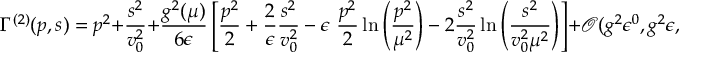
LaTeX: \Gamma ^ { ( 2 ) } ( p , s ) = p ^ { 2 } + \frac { s ^ { 2 } } { v _ { 0 } ^ { 2 } } + \frac { g ^ { 2 } ( \mu ) } { 6 \epsilon } \left[ \frac { p ^ { 2 } } { 2 } + \frac { 2 } { \epsilon } \frac { s ^ { 2 } } { v _ { 0 } ^ { 2 } } - \epsilon ~ \frac { p ^ { 2 } } { 2 } \ln \left( \frac { p ^ { 2 } } { \mu ^ { 2 } } \right) - 2 \frac { s ^ { 2 } } { v _ { 0 } ^ { 2 } } \ln \left( \frac { s ^ { 2 } } { v _ { 0 } ^ { 2 } \mu ^ { 2 } } \right) \right] + \mathcal { O } ( g ^ { 2 } \epsilon ^ { 0 } , g ^ { 2 } \epsilon , g ^ { 3 } )